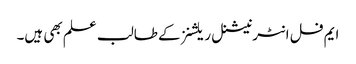
ایم فل انٹرنیشنل ریلشنز کے طالب علم بھی ہیں۔